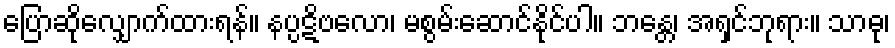
ပြောဆိုလျှောက်ထားရန်။ နပ္ပဋိဗလော၊ မစွမ်းဆောင်နိုင်ပါ။ ဘန္တေ၊ အရှင်ဘုရား။ သာဓု၊